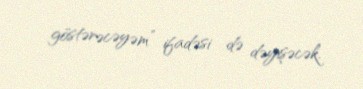
göstərəcəyəm” ifadəsi də dəyişəcək.